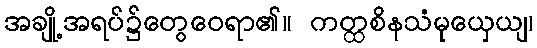
အချို့အရပ်၌တွေဝေရာ၏။ ကတ္ထစိနသံမုယှေယျ၊